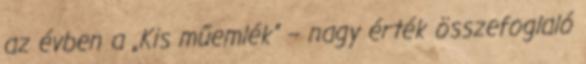
az évben a „Kis műemlék” – nagy érték összefoglaló